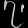
Digit: ၇